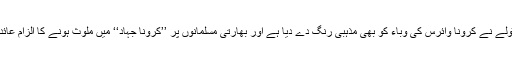
اس سفاک ٹولے نے کرونا وائرس کی وباء کو بھی مذہبی رنگ دے دیا ہے اور بھارتی مسلمانوں پر ’’کرونا جہاد‘‘ میں ملوث ہونے کا الزام عائد کردیا ہے۔